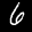
Label: 6